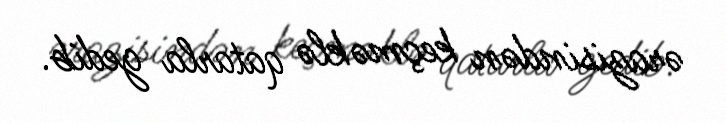
ərazisindən keçməklə qatarla gedib.